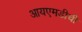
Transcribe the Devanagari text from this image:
आयएमडीची